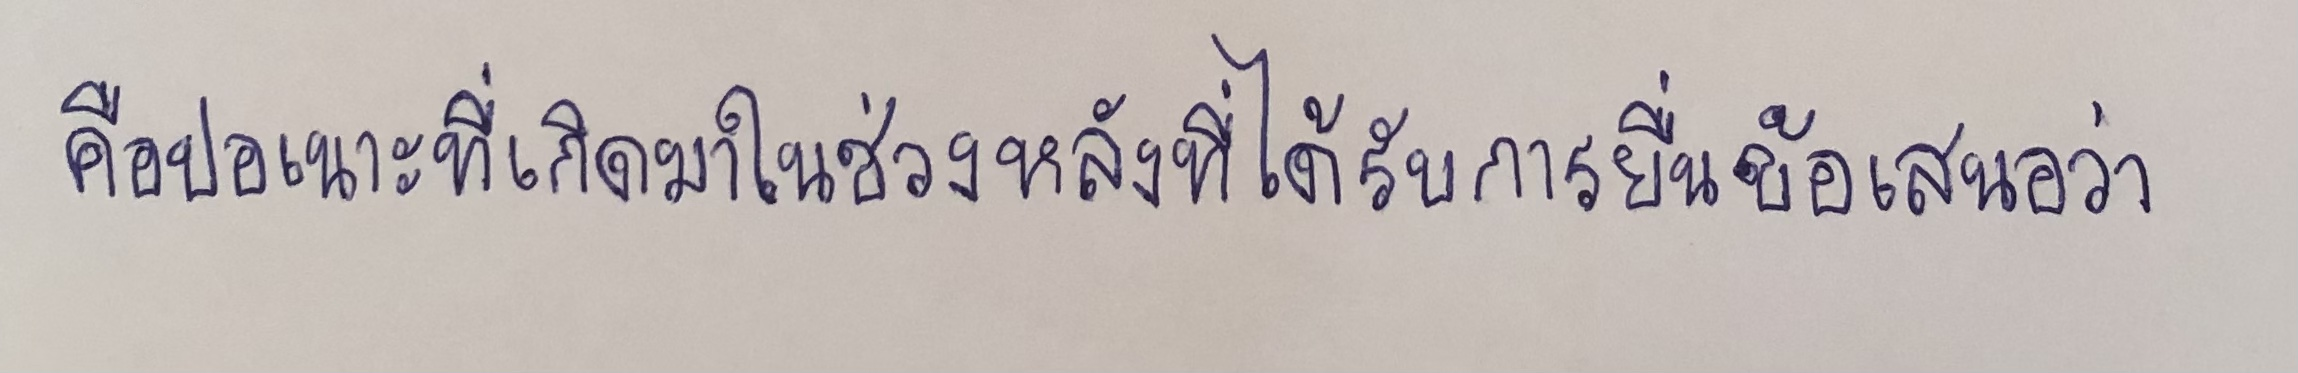
คือปอเนาะที่เกิดมาในช่วงหลังที่ได้รับการยื่นข้อเสนอว่า